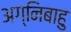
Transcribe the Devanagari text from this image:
अग्निबाहु